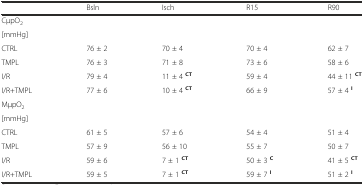
<table><thead><tr><td></td><td><b>Bsln</b></td><td><b>Isch</b></td><td><b>R15</b></td><td><b>R90</b></td></tr></thead><tbody><tr><td>CμpO<sub>2</sub></td><td></td><td></td><td></td><td></td></tr><tr><td>[mmHg]</td><td></td><td></td><td></td><td></td></tr><tr><td>CTRL</td><td>76 ± 2</td><td>70 ± 4</td><td>70 ± 4</td><td>62 ± 7</td></tr><tr><td>TMPL</td><td>76 ± 3</td><td>71 ± 8</td><td>73 ± 6</td><td>58 ± 6</td></tr><tr><td>I/R</td><td>79 ± 4</td><td>11 ± 4 <sup><b>CT</b></sup></td><td>59 ± 4</td><td>44 ± 11 <sup><b>CT</b></sup></td></tr><tr><td>I/R+TMPL</td><td>77 ± 6</td><td>10 ± 4 <sup><b>CT</b></sup></td><td>66 ± 9</td><td>57 ± 4 <sup><b>I</b></sup></td></tr><tr><td>MμpO<sub>2</sub></td><td></td><td></td><td></td><td></td></tr><tr><td>[mmHg]</td><td></td><td></td><td></td><td></td></tr><tr><td>CTRL</td><td>61 ± 5</td><td>57 ± 6</td><td>54 ± 4</td><td>51 ± 4</td></tr><tr><td>TMPL</td><td>57 ± 9</td><td>56 ± 10</td><td>55 ± 7</td><td>50 ± 7</td></tr><tr><td>I/R</td><td>59 ± 6</td><td>7 ± 1 <sup><b>CT</b></sup></td><td>50 ± 3 <sup><b>C</b></sup></td><td>41 ± 5 <sup><b>CT</b></sup></td></tr><tr><td>I/R+TMPL</td><td>59 ± 5</td><td>7 ± 1 <sup><b>CT</b></sup></td><td>59 ± 7 <sup><b>I</b></sup></td><td>51 ± 2 <sup><b>I</b></sup></td></tr></tbody></table>